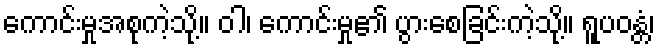
ကောင်းမှုအစုကဲ့သို့။ ဝါ၊ ကောင်းမှု၏ ပွားစေခြင်းကဲ့သို့။ ရူပဝန္တံ၊